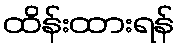
ထိန်းထားရန်